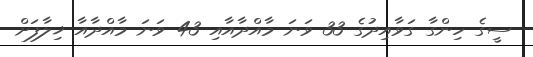
ސީގެ ހިންގާ ގަވާއިދުގެ 33 ވަނަ މާއްދާއާއި 43 ވަނަ މާއްދާއާ ޚިލާފަށް